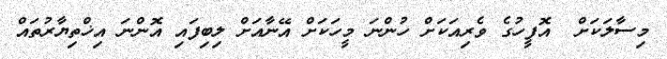
މިސާލަކަށް  އޮފީހުގެ ވެރިއަކަށް ހުންނަ މީހަކަށް އޭނާއަށް ލިބިފައި އޮންނަ އިޚްތިޔާރުތައް